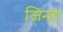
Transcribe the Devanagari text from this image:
जिन्टा